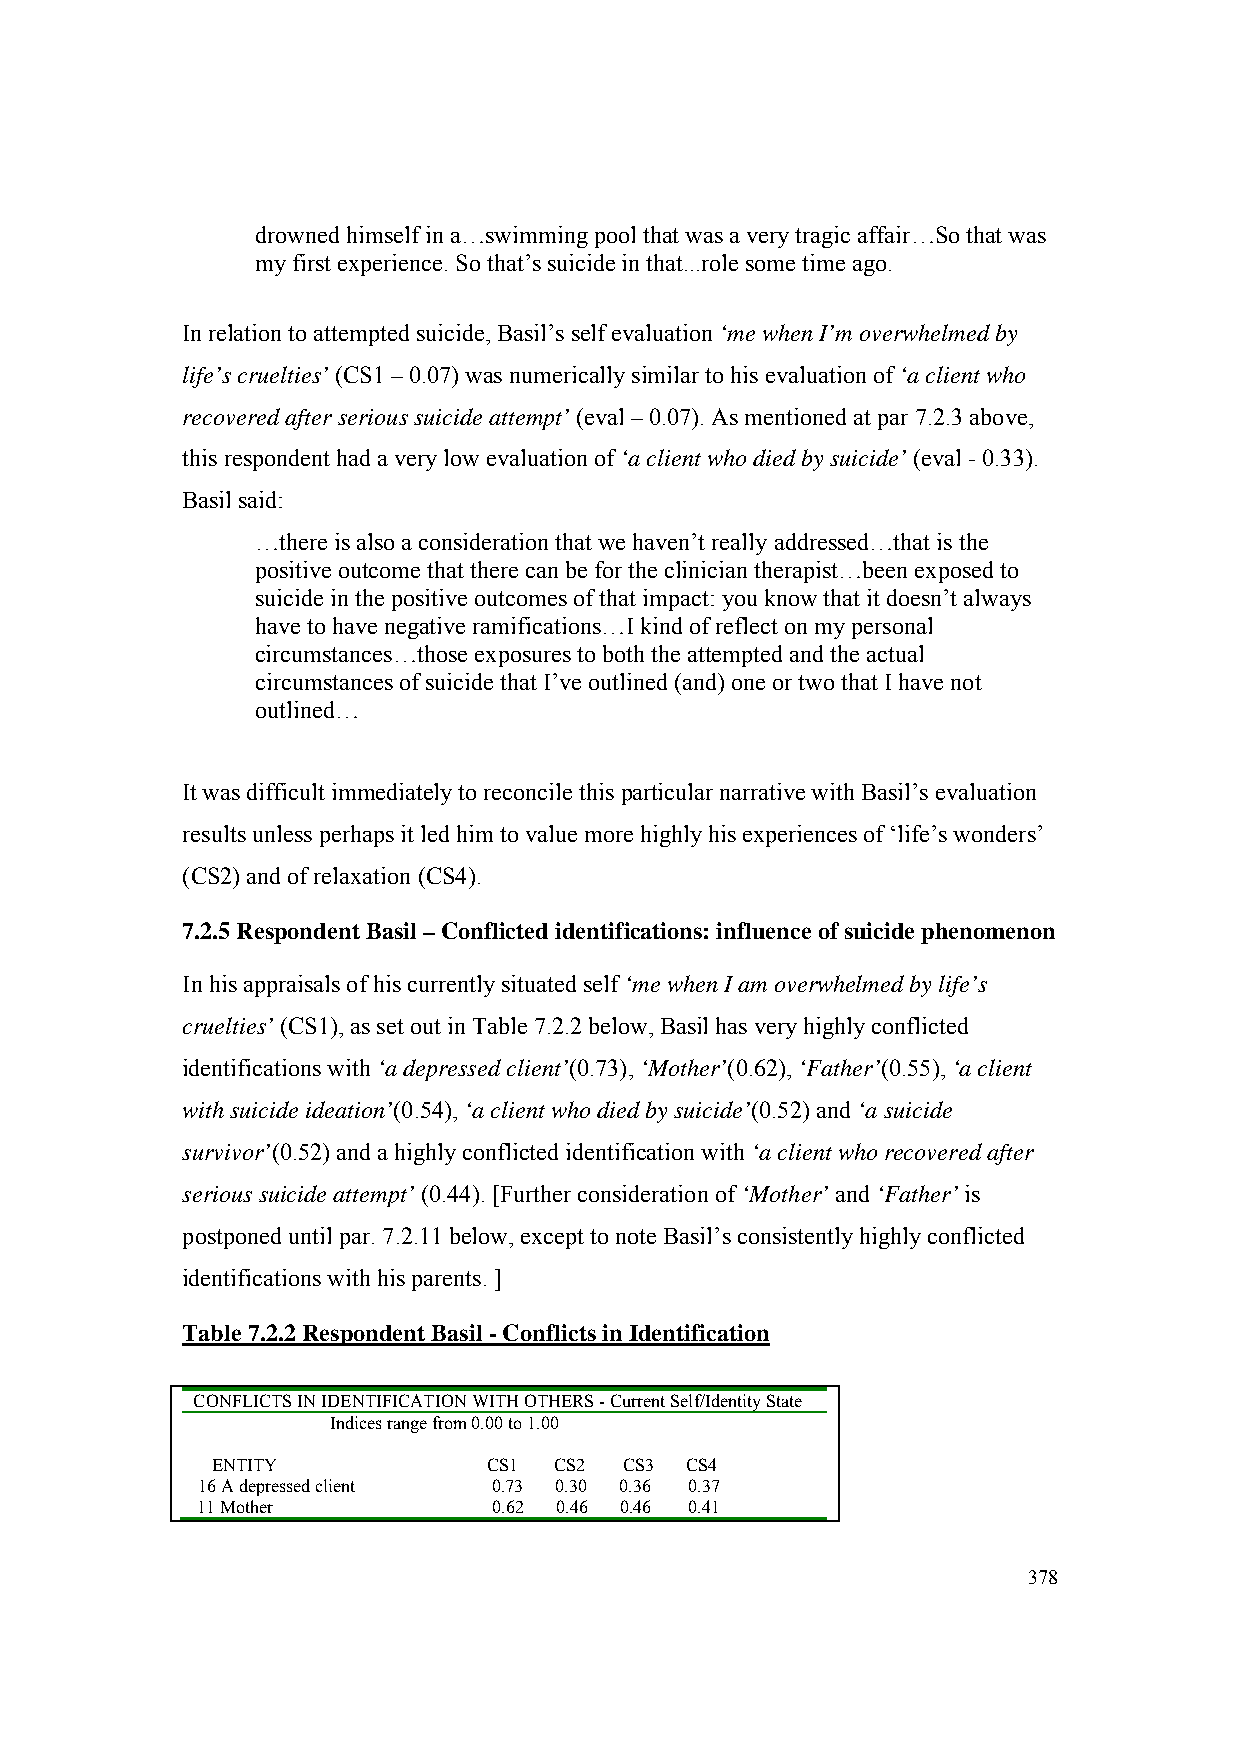
drowned himself in a…swimming pool that was a very tragic affair…So that was
 my first experience. So that’s suicide in that...role some time ago.
 In relation to attempted suicide, Basil’s self evaluation ‘me when I’m overwhelmed by
 life’s cruelties’ (CS1 – 0.07) was numerically similar to his evaluation of ‘a client who
 recovered after serious suicide attempt’ (eval – 0.07). As mentioned at par 7.2.3 above,
 this respondent had a very low evaluation of ‘a client who died by suicide’ (eval - 0.33).
 Basil said:
 …there is also a consideration that we haven’t really addressed…that is the
 positive outcome that there can be for the clinician therapist…been exposed to
 suicide in the positive outcomes of that impact: you know that it doesn’t always
 have to have negative ramifications…I kind of reflect on my personal
 circumstances…those exposures to both the attempted and the actual
 circumstances of suicide that I’ve outlined (and) one or two that I have not
 outlined…
 It was difficult immediately to reconcile this particular narrative with Basil’s evaluation
 results unless perhaps it led him to value more highly his experiences of ‘life’s wonders’
 (CS2) and of relaxation (CS4).
 7.2.5 Respondent Basil – Conflicted identifications: influence of suicide phenomenon
 In his appraisals of his currently situated self ‘me when I am overwhelmed by life’s
 cruelties’ (CS1), as set out in Table 7.2.2 below, Basil has very highly conflicted
 identifications with ‘a depressed client’(0.73), ‘Mother’(0.62), ‘Father’(0.55), ‘a client
 with suicide ideation’(0.54), ‘a client who died by suicide’(0.52) and ‘a suicide
 survivor’(0.52) and a highly conflicted identification with ‘a client who recovered after
 serious suicide attempt’ (0.44). [Further consideration of ‘Mother’ and ‘Father’ is
 postponed until par. 7.2.11 below, except to note Basil’s consistently highly conflicted
 identifications with his parents. ]
 Table 7.2.2 Respondent Basil - Conflicts in Identification
 CONFLICTS IN IDENTIFICATION WITH OTHERS - Current Self/Identity State
 Indices range from 0.00 to 1.00
 ENTITY            CS1  CS2 CS3 CS4
 16 A depressed client 0.73 0.30 0.36 0.37
 11 Mother           0.62 0.46 0.46 0.41
 378